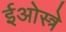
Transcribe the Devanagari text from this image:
ईओस्त्रे